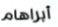
أبراهام